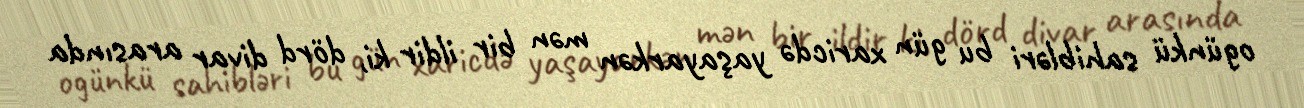
ogünkü sahibləri bu gün xaricdə yaşayarkən mən bir ildir ki, dörd divar arasında